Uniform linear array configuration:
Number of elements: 24
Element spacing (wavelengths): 0.75
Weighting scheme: exponential
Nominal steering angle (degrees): -60
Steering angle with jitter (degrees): -59.472
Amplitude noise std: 0.05
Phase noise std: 0.05

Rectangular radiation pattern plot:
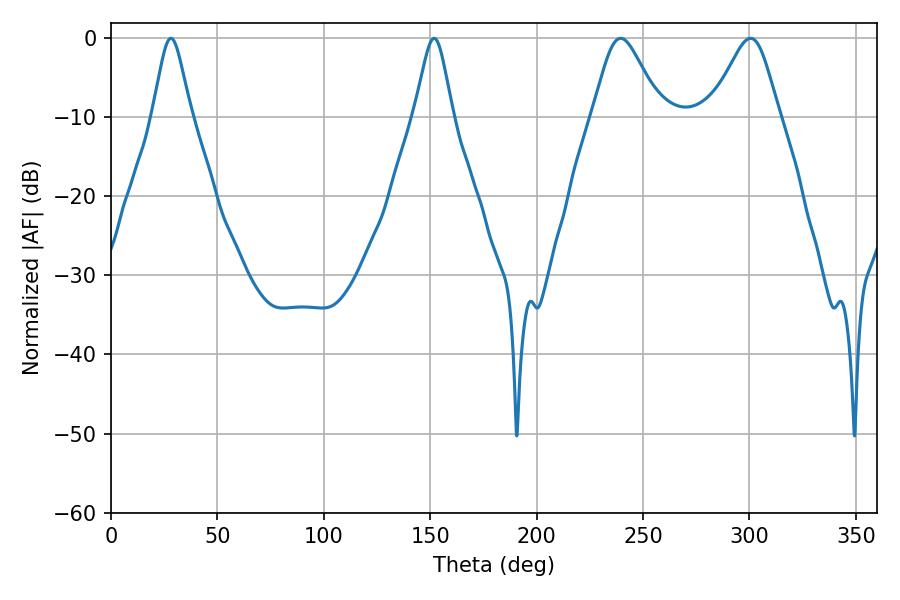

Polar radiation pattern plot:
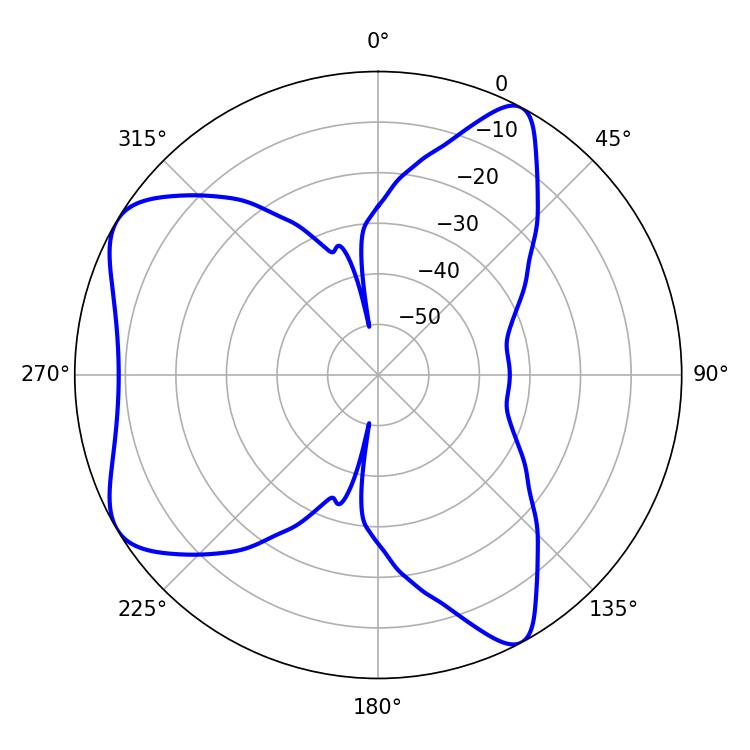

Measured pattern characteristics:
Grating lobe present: TRUE
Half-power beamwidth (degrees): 15.66
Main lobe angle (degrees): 239.4